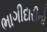
ભાગીદારીનો